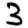
Digit: 3